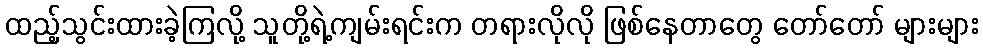
ထည့်သွင်းထားခဲ့ကြလို့ သူတို့ရဲ့ကျမ်းရင်းက တရားလိုလို ဖြစ်နေတာတွေ တော်တော် များများ